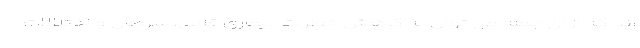
اند که از آن جمله می توان به کاهش خطرات بیماری قلبی، سرطان و اختلالات